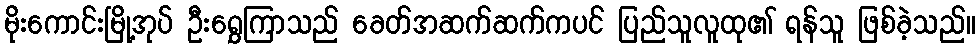
မိုးကောင်းမြို့အုပ် ဦးရွှေကြာသည် ခေတ်အဆက်ဆက်ကပင် ပြည်သူလူထု၏ ရန်သူ ဖြစ်ခဲ့သည်။